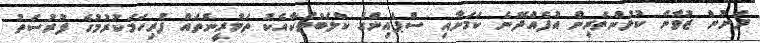
ދަށުން ޒުވާން ކުޅުންތެރިން އުފެއްދޭނެ ކަމަށާއި ސްޕެއިންގެ ކްލަބުތަކާއެކު ތަމްރީންތައް ފުރިހަމަކުރުމުގެ ފުރުސަތު